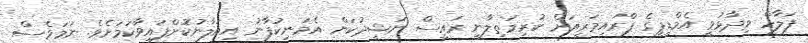
ފަލާހް ވިދާޅުވީ އެމްޑީޕީގެ ޕްރައިމަރީއަށް ކުރިމަތިލާނީ ރައީސް ނަޝީދުކަން އެމަނިކުފާނު އިއުލާނުކޮށްފައިވާކަަމަށެވެ. ނަމަވެސް